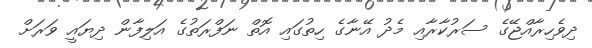
ދިވެހިރާއްޖޭގެ ސަރުކާރާއި މެދު އޭނާގެ ހިތުގައި އޮތް ނަފްރަތުގެ އަލިފާން ދިޔައީ ވަރަށް